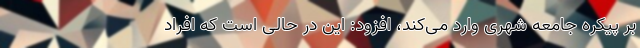
بر پیکره جامعه شهری وارد می‌کند، افزود: این در حالی است که افراد